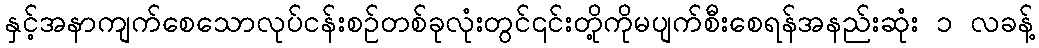
နှင့်အနာကျက်စေသောလုပ်ငန်းစဉ်တစ်ခုလုံးတွင်၎င်းတို့ကိုမပျက်စီးစေရန်အနည်းဆုံး ၁ လခန့်